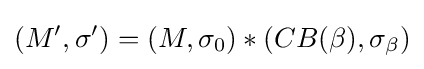
(M',\sigma ')=(M,\sigma _{0})*(CB(\beta ),\sigma _{\beta })